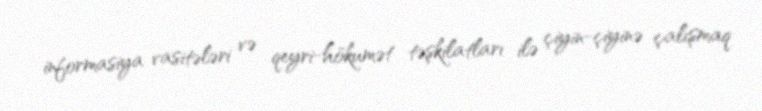
informasiya vasitələri və qeyri-hökumət təşkilatları ilə çiyin-çiyinə çalışmaq